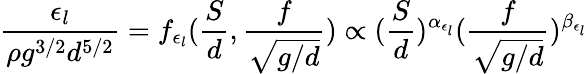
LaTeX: \frac{\epsilon_{l}}{\rho g^{3/2}d^{5/2}}=f_{\epsilon_{l}}(\frac{S}{d},\frac{f}{\sqrt{g/d}})\propto(\frac{S}{d})^{\alpha_{\epsilon_{l}}}(\frac{f}{\sqrt{g/d}})^{\beta_{\epsilon_{l}}}